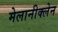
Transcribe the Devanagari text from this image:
मेलानीक्लेन